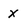
Character: x